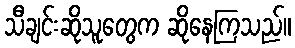
သီချင်းဆိုသူတွေက ဆိုနေကြသည်။